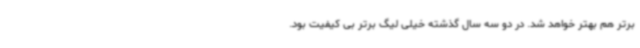
برتر هم بهتر خواهد شد. در دو سه سال گذشته خیلی لیگ برتر بی کیفیت بود.